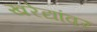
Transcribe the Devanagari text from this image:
खरेद्यांवर